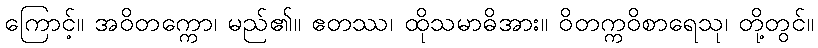
ကြောင့်။ အဝိတက္ကော၊ မည်၏။ ဧတဿ၊ ထိုသမာဓိအား။ ဝိတက္ကဝိစာရေသု၊ တို့တွင်။